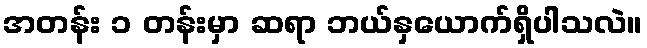
အတန်း ၁ တန်းမှာ ဆရာ ဘယ်နှယောက်ရှိပါသလဲ။